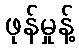
ဖုန်မှုန့်